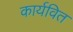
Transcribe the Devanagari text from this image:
कार्यवित